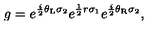
g = e ^ { \frac { i } { 2 } \theta _ { \mathrm { L } } \sigma _ { 2 } } e ^ { \frac { 1 } { 2 } r \sigma _ { 1 } } e ^ { \frac { i } { 2 } \theta _ { \mathrm { R } } \sigma _ { 2 } } ,